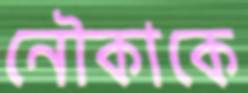
নৌকাকে